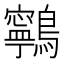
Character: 鸋